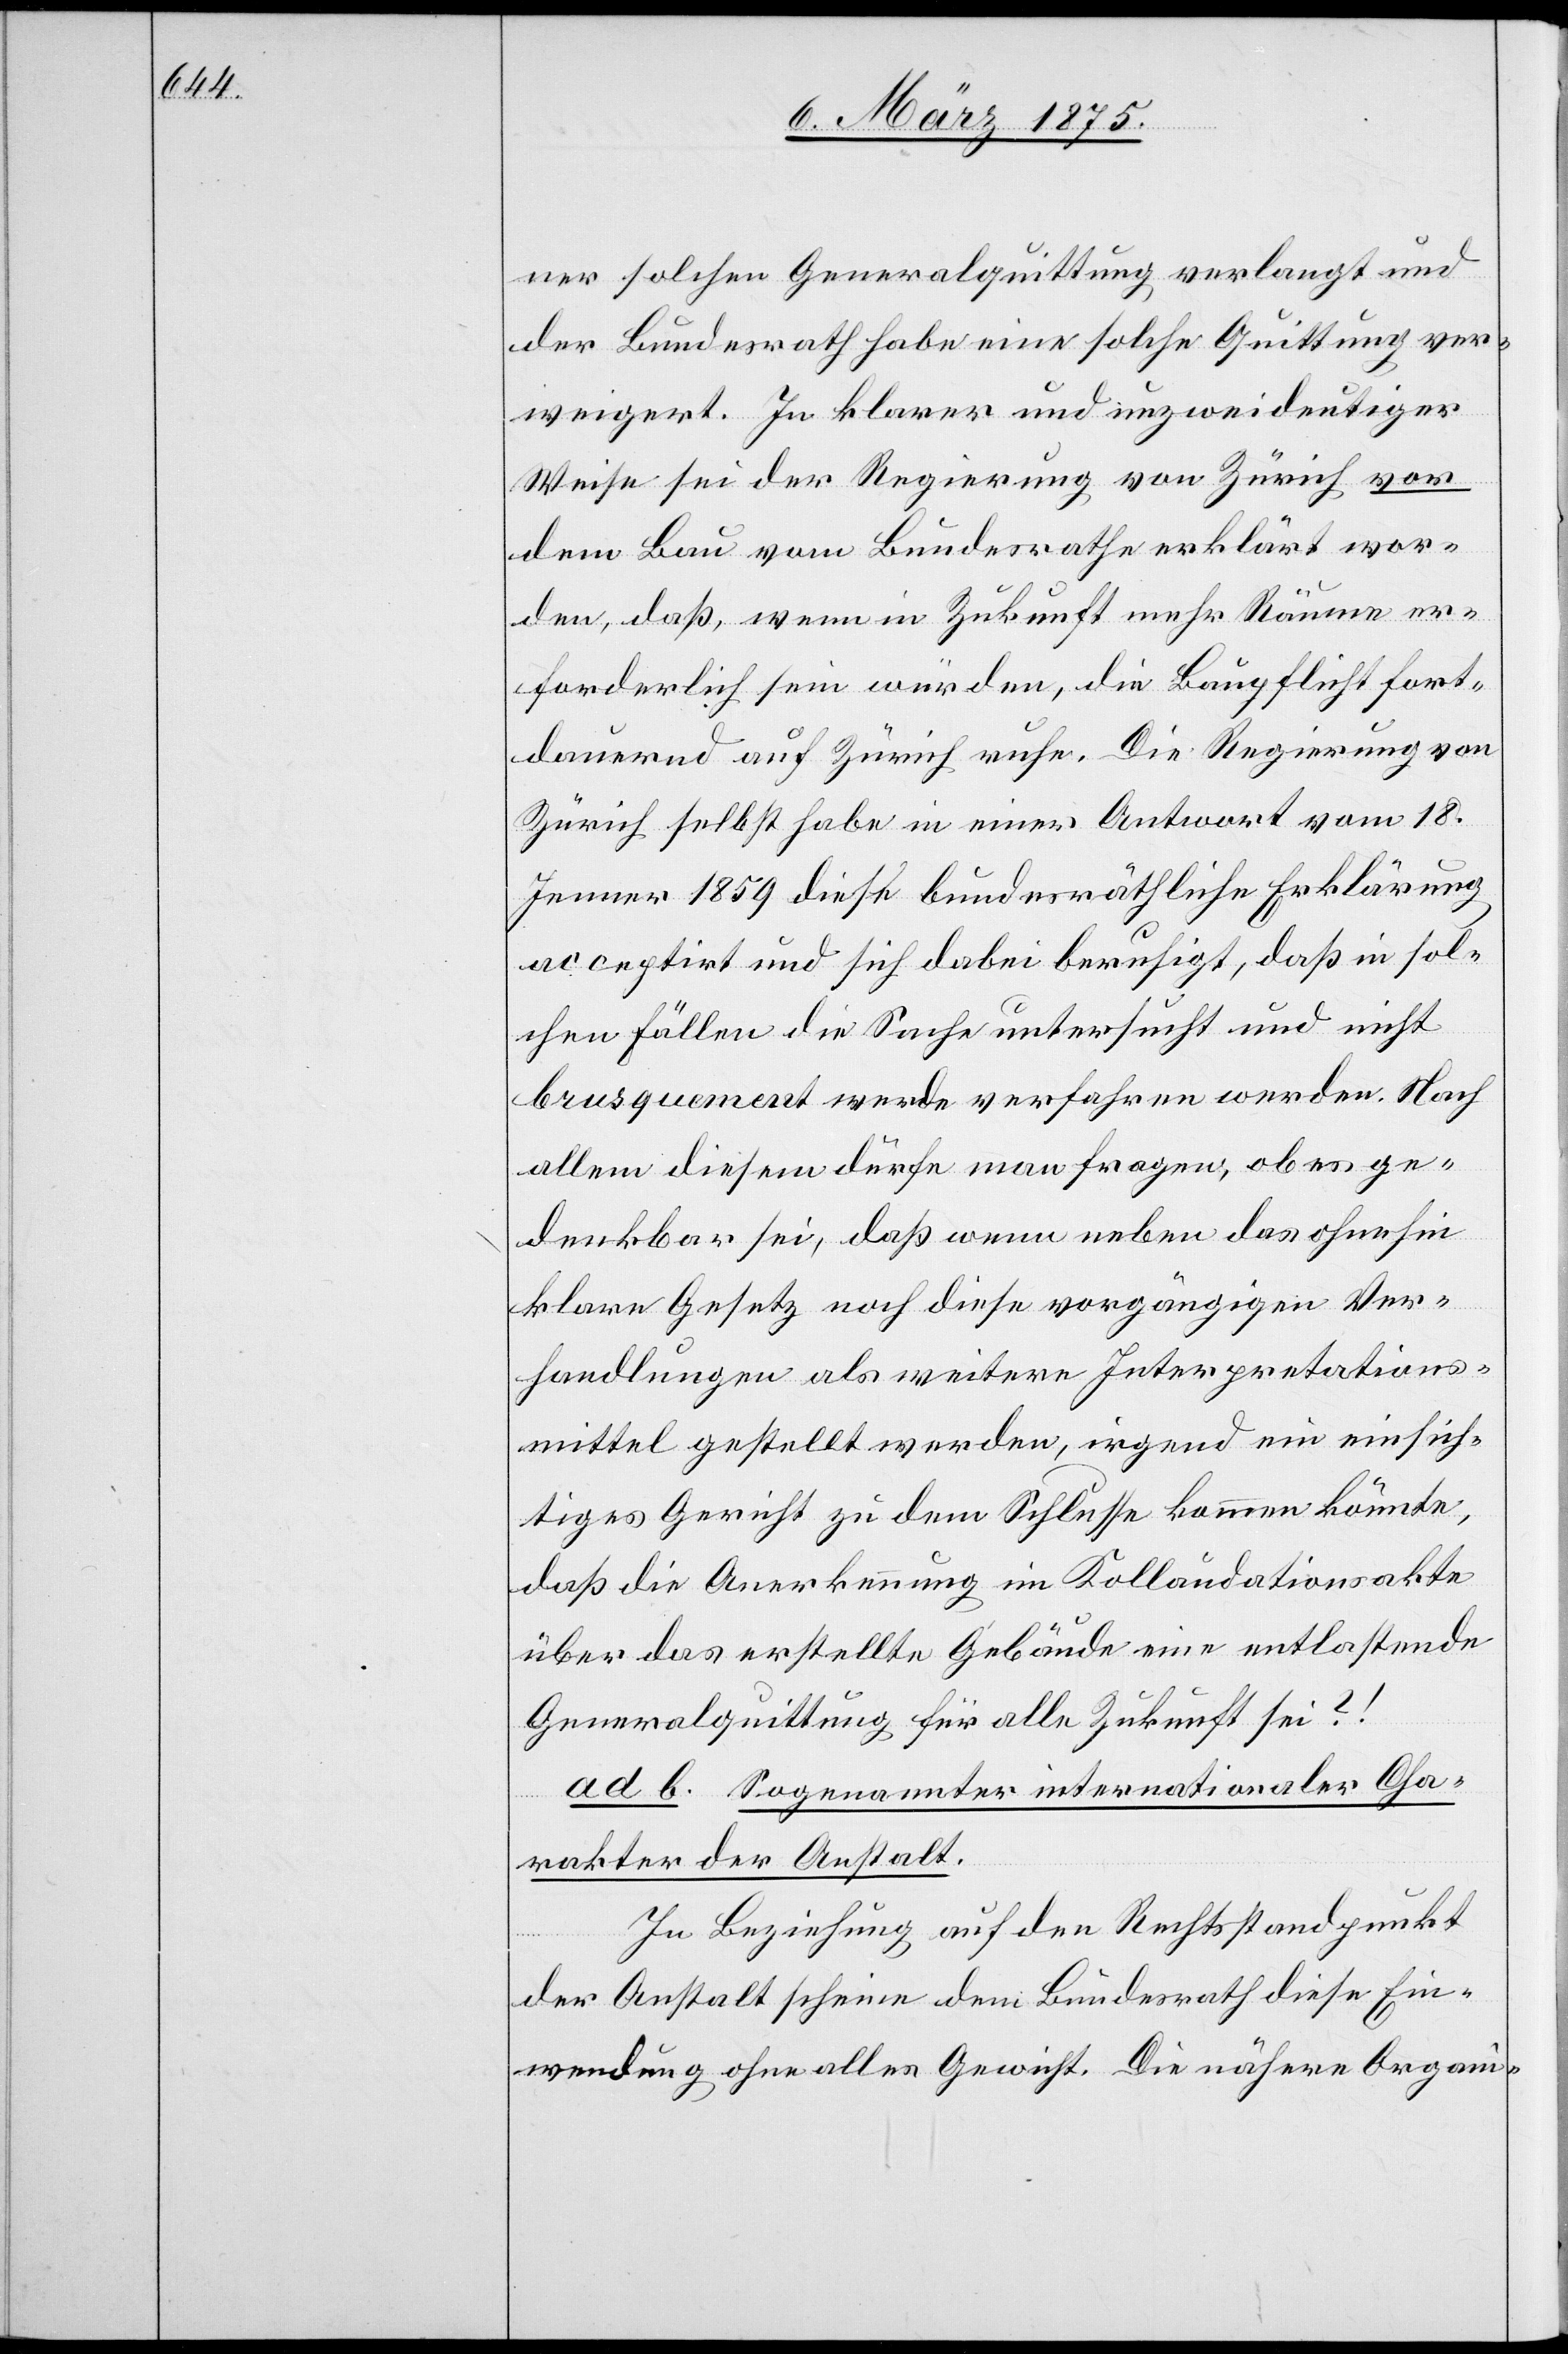
ner solchen Generalquittung verlangt und
der Bundesrath habe eine solche Quittung ver¬
weigert. In klarer und unzweideutiger
Weise sei der Regierung von Zürich vor
dem Bau vom Bundesrathe erklärt wor¬
den, daß, wenn in Zukunft mehr Räume er¬
forderlich sein würden, die Baupflicht fort¬
dauernd auf Zürich ruhe. Die Regierung von
Zürich selbst habe in einer Antwort vom 18.
Januar 1859 diese bundesräthliche Erklärung
acceptirt und sich dabei beruhigt, daß in sol¬
chen Fällen die Sache untersucht und nicht
brusquement werde verfahren werden. Nach
allem diesem dürfe man fragen: ob es ge¬
denkbar sei, daß wenn ueber das ohnehin
klare Gesetz noch diese vorgängigen Ver¬
handlungen als weitere Interpretations¬
mittel gestellt werden, irgend ein eisich¬
tiges Gewicht zu dem Schlusse kommen könnte,
daß die Anerkennung im Kollaudationsakte
über das erstellte Gebäude eine entlastende
Generalquittung für alle Zukunft sei?!
ad. b. Sogenannter internationaler Cha¬
rakter der Anstalt.
In Beziehung auf den Rechtsstandpunkt
der Anstalt scheinen den Bundesrath diese Ein¬
wendung ohne alles Gewicht. Die nähere Organi-